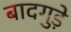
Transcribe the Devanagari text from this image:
बादगुड़े